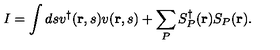
I = \int d s v ^ { \dagger } ( { \bf r } , s ) v ( { \bf r } , s ) + \sum _ { P } S _ { P } ^ { \dagger } ( { \bf r } ) S _ { P } ( { \bf r } ) .